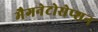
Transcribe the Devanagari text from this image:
मैगनेटोसेप्शन